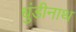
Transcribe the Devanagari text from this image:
धुंडीनाथ